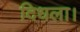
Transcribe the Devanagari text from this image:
दिधला।